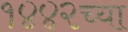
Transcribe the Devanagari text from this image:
१४४२च्या